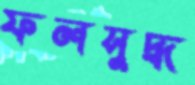
ফলসুদ্ধ